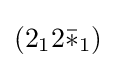
(2_{1}2{\bar {*}}_{1})